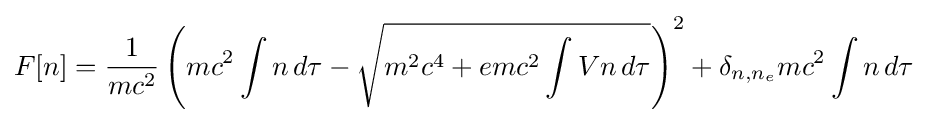
F[n]={\frac {1}{mc^{2}}}\left(mc^{2}\int n\,d\tau -{\sqrt {m^{2}c^{4}+emc^{2}\int Vn\,d\tau }}\right)^{2}+\delta _{n,n_{e}}mc^{2}\int n\,d\tau